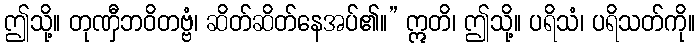
ဤသို့။ တုဏှီဘဝိတဗ္ဗံ၊ ဆိတ်ဆိတ်နေအပ်၏။” ဣတိ၊ ဤသို့။ ပရိသံ၊ ပရိသတ်ကို။